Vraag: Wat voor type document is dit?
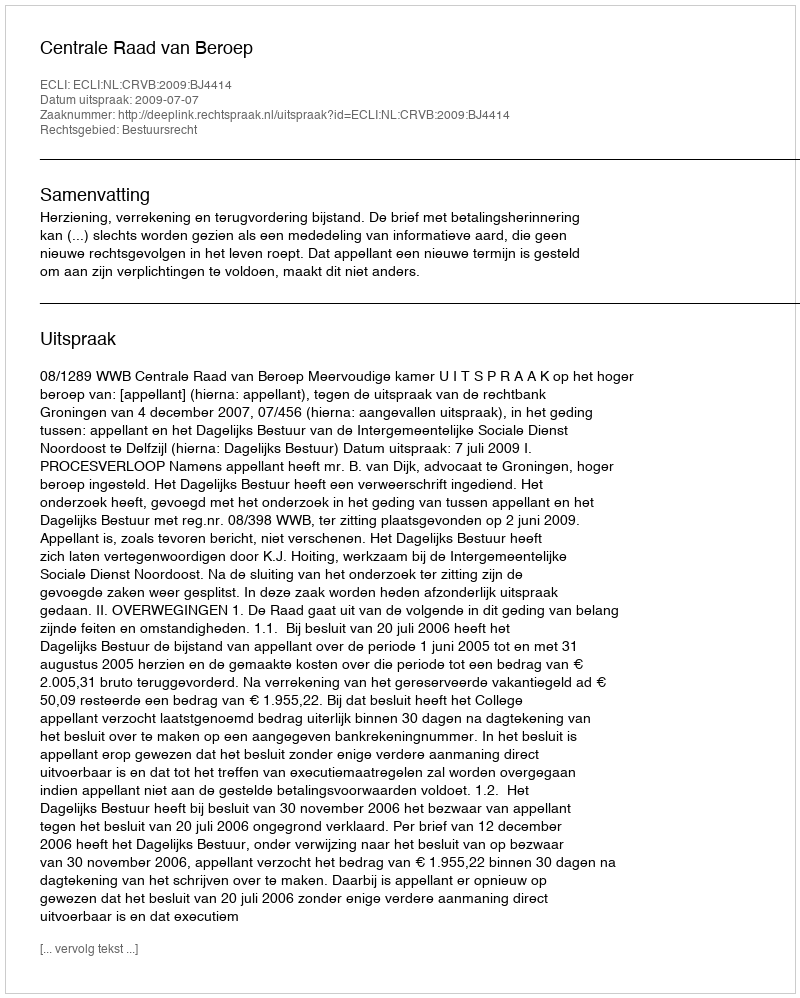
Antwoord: Uitspraak